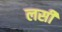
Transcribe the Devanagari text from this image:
लसीं